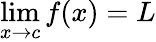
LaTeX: \operatorname*{lim}_{x\to c}f(x)=L